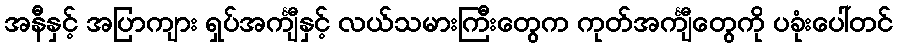
အနီနှင့် အပြာကျား ရှပ်အင်္ကျီနှင့် လယ်သမားကြီးတွေက ကုတ်အင်္ကျီတွေကို ပခုံးပေါ်တင်